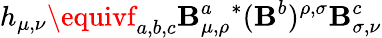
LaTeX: h_{\mu,\nu}\equivf_{a,b,c}\mathbf{B}_{\mu,\rho}^{a}{^*}(\mathbf{B}^{b})^{\rho,\sigma}\mathbf{B}_{\sigma,\nu}^{c}